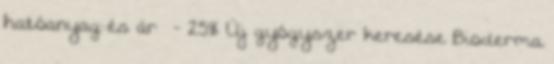
hatóanyag és ár - 25% Új gyógyszer keresése Bioderma